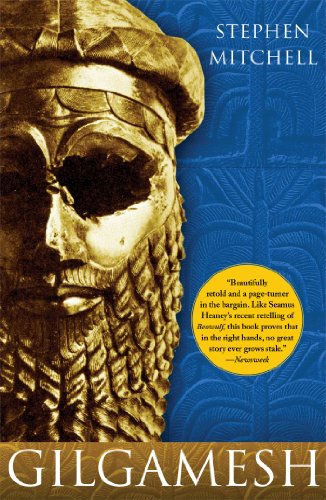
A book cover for Gilgamesh: A New English Version; Literature & Fiction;